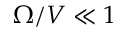
\Omega / V \ll 1